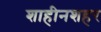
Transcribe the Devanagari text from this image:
शाहीनशहर